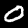
Digit: 0